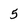
Character: 5